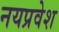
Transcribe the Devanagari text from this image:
नयप्रवेश